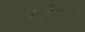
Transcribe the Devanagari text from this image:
शेरगील